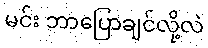
မင်း ဘာပြောချင်လို့လဲ